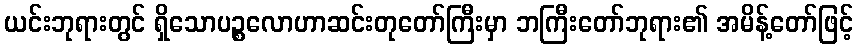
ယင်းဘုရားတွင် ရှိသောပဉ္စလောဟာဆင်းတုတော်ကြီးမှာ ဘကြီးတော်ဘုရား၏ အမိန့်တော်ဖြင့်